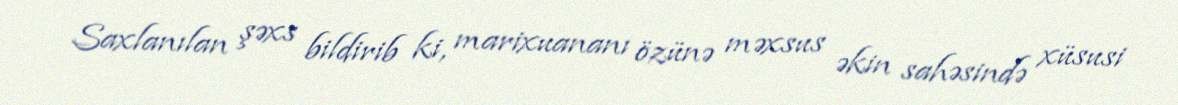
Saxlanılan şəxs bildirib ki, marixuananı özünə məxsus əkin sahəsində xüsusi